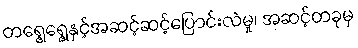
တရွေ့ရွေ့နှင့်အဆင့်ဆင့်ပြောင်းလဲမှု၊ အဆင့်တခုမှ